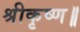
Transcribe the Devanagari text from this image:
श्रीकृष्ण॥